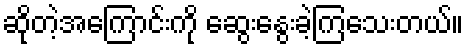
ဆိုတဲ့အကြောင်းကို ဆွေးနွေးခဲ့ကြသေးတယ်။